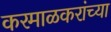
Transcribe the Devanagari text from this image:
करमाळकरांच्या